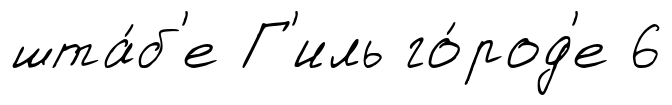
шта́б'е Г'иль го́род'е 6